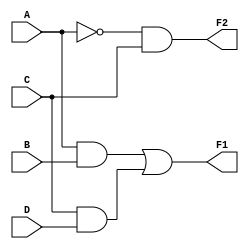
module comb_logic_block (
    input wire A,
    input wire B,
    input wire C,
    input wire D,
    output wire F1,
    output wire F2
);

// Intermediate signals for shared sub-expressions
wire AB;       // AND of A and B
wire CD;       // AND of C and D
wire ABCD;     // AND of AB and CD
wire A_not;    // NOT of A

// Multi-level logic simplifications
// Example functions (simplified for demonstration)
assign AB = A & B;            // AND gate
assign CD = C & D;            // AND gate
assign F1 = AB | CD;          // OR gate combines results, represents one output
assign A_not = ~A;            // NOT gate
assign F2 = A_not & C;        // AND gate represents another output

endmodule